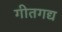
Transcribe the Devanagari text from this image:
गीतगद्य